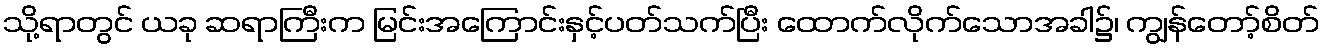
သို့ရာတွင် ယခု ဆရာကြီးက မြင်းအကြောင်းနှင့်ပတ်သက်ပြီး ထောက်လိုက်သောအခါ၌၊ ကျွန်တော့်စိတ်